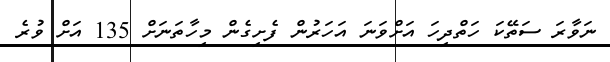
ނަވާރަ ސަތޭކަ ހަތްދިހަ އަށްވަނަ އަހަަރުން ފެށިގެން މިހާތަނަށް 135 އަށް ވުރެ